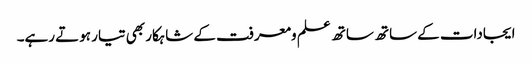
ایجادات کے ساتھ ساتھ علم ومعرفت کے شاہکار بھی تیار ہوتے رہے۔